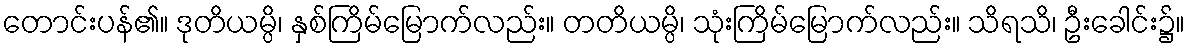
တောင်းပန်၏။ ဒုတိယမ္ပိ၊ နှစ်ကြိမ်မြောက်လည်း။ တတိယမ္ပိ၊ သုံးကြိမ်မြောက်လည်း။ သိရသိ၊ ဦးခေါင်း၌။